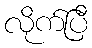
လိုက်ပြီ